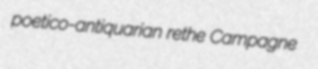
poetico-antiquarian rethe Campagne